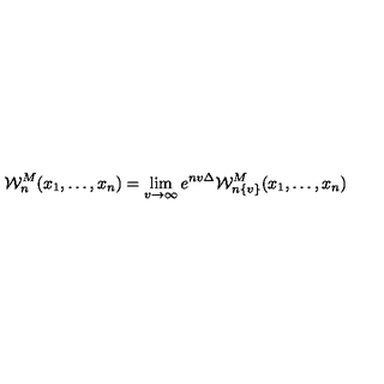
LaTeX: { { \mathcal W } _ { n } ^ { { { M } } } } ( x _ { 1 } , \ldots , x _ { n } ) = \lim _ { v \to \infty } e ^ { n v \Delta } { \mathcal W } _ { n \{ v \} } ^ { M } ( x _ { 1 } , \ldots , x _ { n } )